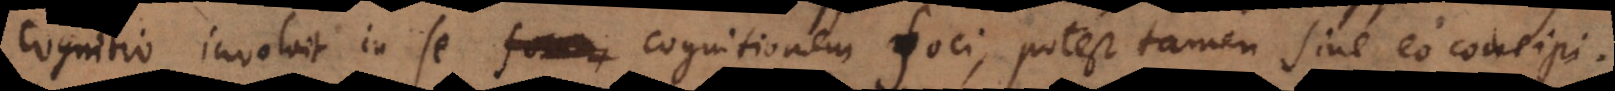
cognitio involvit in se cognitionem foci, potest tamen sine eo concipi.